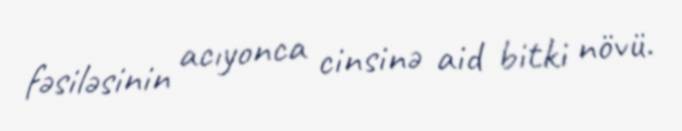
fəsiləsinin acıyonca cinsinə aid bitki növü.